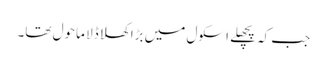
جب کہ پچھلے اسکول میں بڑا کھلا ڈلا ماحول تھا۔